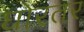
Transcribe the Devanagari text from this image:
घोरतर